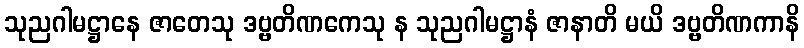
သုညဂါမဋ္ဌာနေ ဇာတေသု ဒဗ္ဗတိဏကေသု န သုညဂါမဋ္ဌာနံ ဇာနာတိ မယိ ဒဗ္ဗတိဏကာနိ